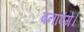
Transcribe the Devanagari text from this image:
बनाएंगें।